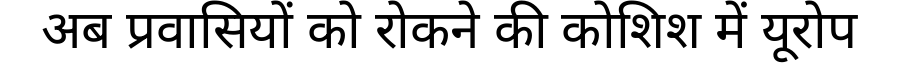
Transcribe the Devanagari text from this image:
अब प्रवासियों को रोकने की कोशिश में यूरोप